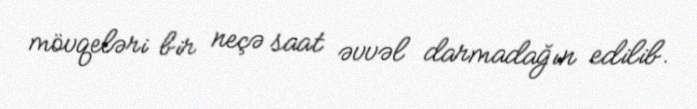
mövqeləri bir neçə saat əvvəl darmadağın edilib.